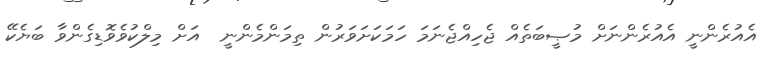
އެއުރެންނީ އެއުރެންނަށް މުޞީބަތެއް ޖެހިއްޖެނަމަ ހަމަކަށަވަރުން ތިމަންމެންނީ  އަށް މިލްކުވެވޮޑިގެންވާ ބަޔެކޭ